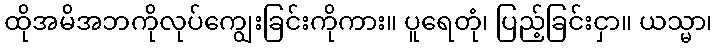
ထိုအမိအဘကိုလုပ်ကျွေးခြင်းကိုကား။ ပူရေတုံ၊ ပြည့်ခြင်းငှာ။ ယသ္မာ၊